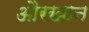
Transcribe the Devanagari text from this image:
औरख़ान